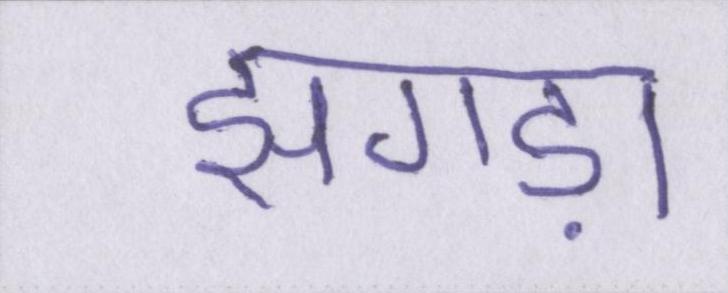
झगड़ा